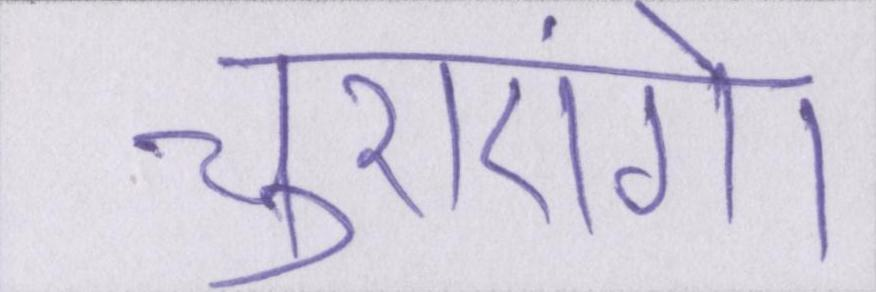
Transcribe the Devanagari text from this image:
चुराएंगे।